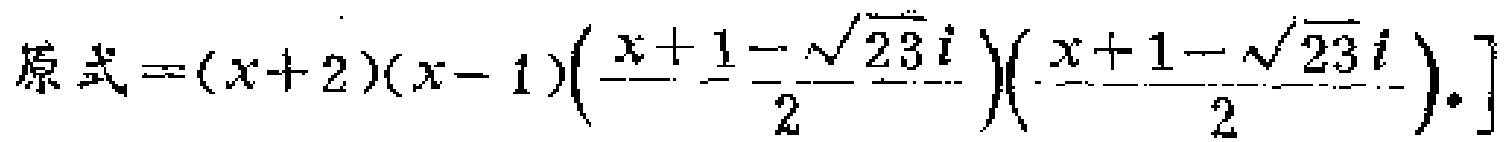
原式\(=(x + 2)(x - 1)\left(\frac{x + 1 - \sqrt{23}i}{2}\right)\left(\frac{x + 1 - \sqrt{23}i}{2}\right).]\)